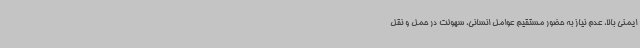
ایمنی بالا، عدم نیاز به حضور مستقیم عوامل انسانی، سهولت در حمل و نقل